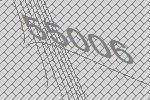
55006